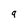
Character: 9